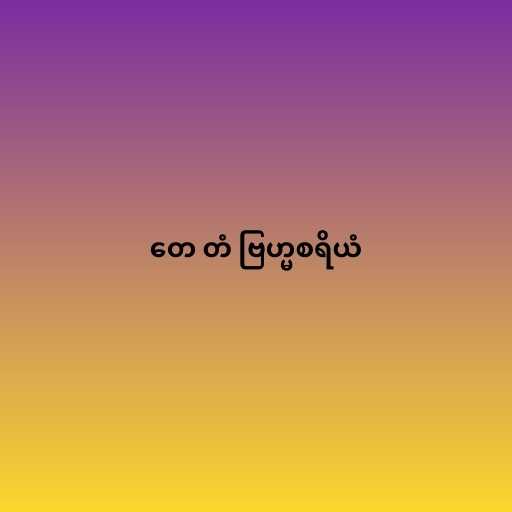
တေ တံ ဗြဟ္မစရိယံ